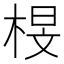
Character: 𭪟